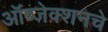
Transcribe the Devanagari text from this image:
ऑब्जेक्शनचे